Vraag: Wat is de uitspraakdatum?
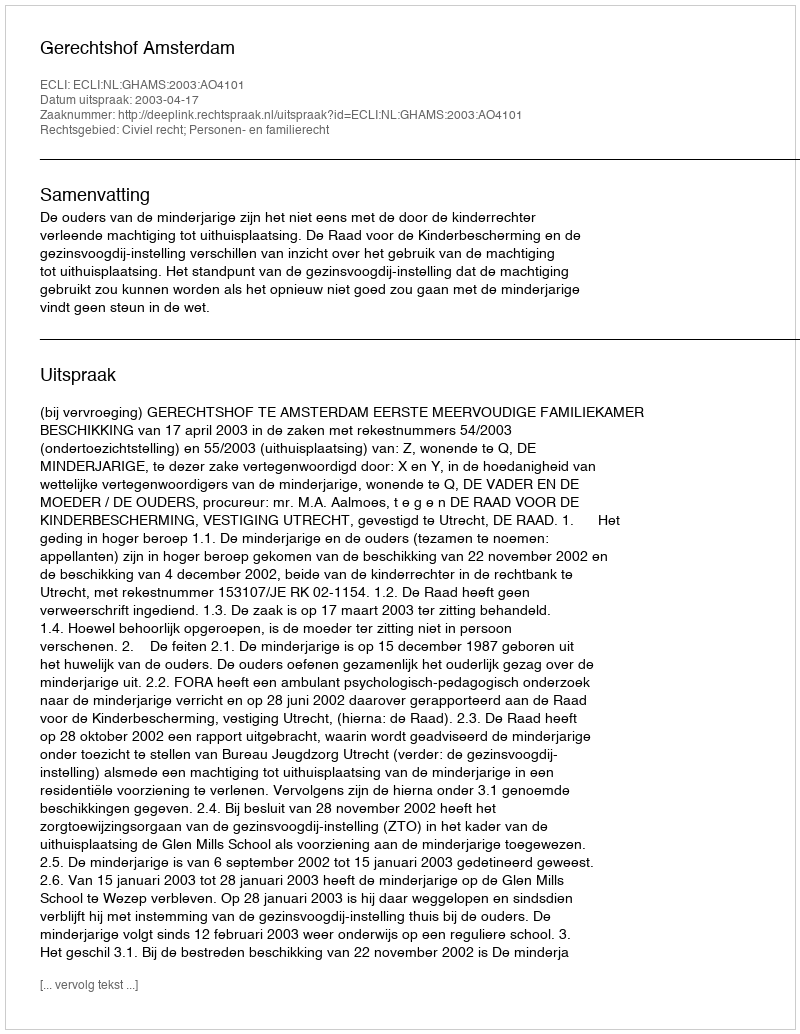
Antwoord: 2003-04-17